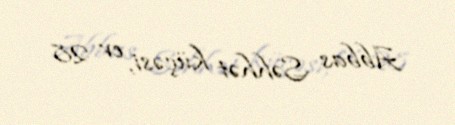
Abbas Səhhət küçəsi, ev 28